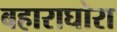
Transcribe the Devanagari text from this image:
बहाराघोरा